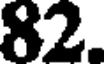
82.